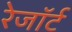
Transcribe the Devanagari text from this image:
रेजॉर्ट